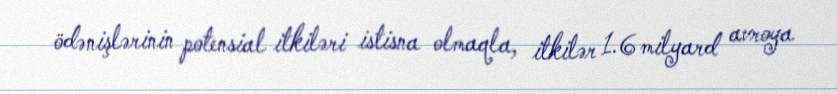
ödənişlərinin potensial itkiləri istisna olmaqla, itkilər 1.6 milyard avroya